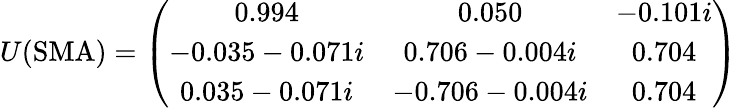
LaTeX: U(\mathrm{SMA})=\left(\begin{array}{ccc}{{0.994}}&{{0.050}}&{{-0.101i}}\\ {{-0.035-0.071i}}&{{0.706-0.004i}}&{{0.704}}\\ {{0.035-0.071i}}&{{-0.706-0.004i}}&{{0.704}}\end{array}\right)